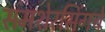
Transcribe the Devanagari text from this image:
समशेरसिंगचे